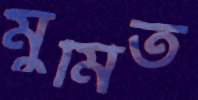
মুমিত